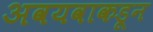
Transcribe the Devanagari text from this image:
अवयवाकडून